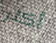
أكثر